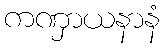
ကဏှာယနာနံ